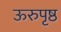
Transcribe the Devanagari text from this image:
ऊरुपृष्ठ